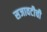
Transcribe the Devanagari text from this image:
सजावटीची